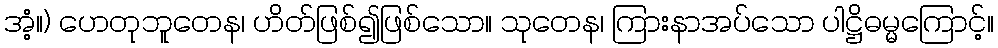
အံ့။) ဟေတုဘူတေန၊ ဟိတ်ဖြစ်၍ဖြစ်သော။ သုတေန၊ ကြားနာအပ်သော ပါဋ္ဌိဓမ္မကြောင့်။